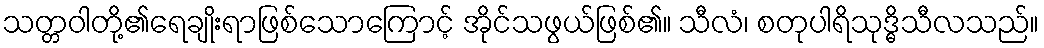
သတ္တဝါတို့၏ရေချိုးရာဖြစ်သောကြောင့် အိုင်သဖွယ်ဖြစ်၏။ သီလံ၊ စတုပါရိသုဒ္ဓိသီလသည်။